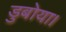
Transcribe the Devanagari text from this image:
डुबोया।